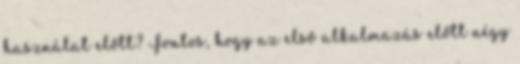
használat előtt? Fontos, hogy az első alkalmazás előtt négy